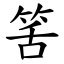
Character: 筈